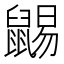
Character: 𪕩